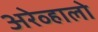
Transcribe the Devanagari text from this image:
अरेव्हालो